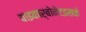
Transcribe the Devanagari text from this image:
बाइकार्बोनेटइसके